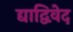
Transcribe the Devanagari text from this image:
द्याद्विवेद